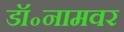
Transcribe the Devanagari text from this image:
डॉ॰नामवर